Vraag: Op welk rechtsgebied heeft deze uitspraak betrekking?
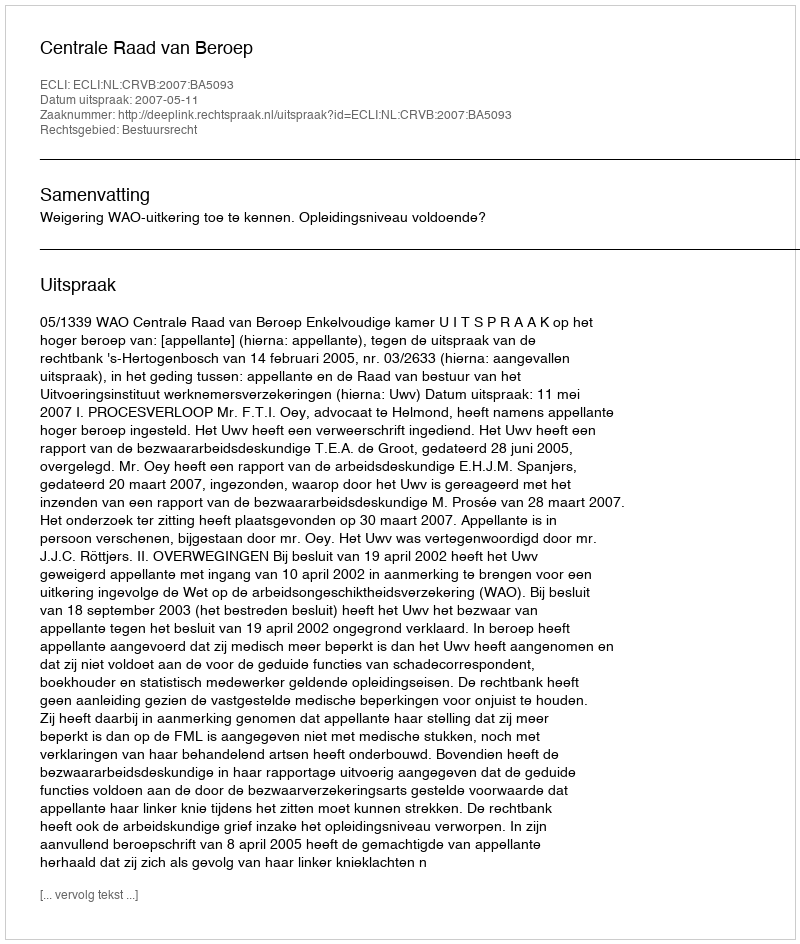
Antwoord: Bestuursrecht